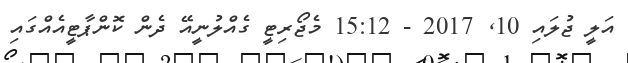
އަލީ ޖުލައި 10